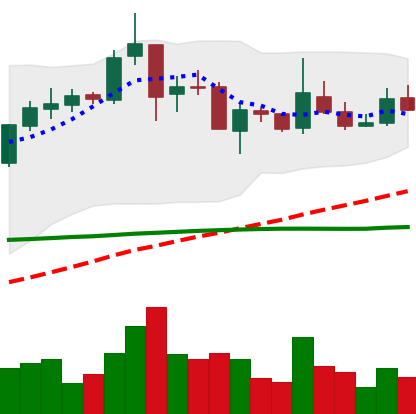
Ticker: TRX-USD
Chart end date: 2019-02-09
Forward return: -9.667%
Label: down_7plus